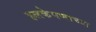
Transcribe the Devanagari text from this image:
हलकेपणाच्या